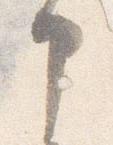
申